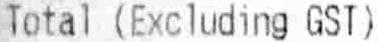
TOTAL (EXCLUDING GST)